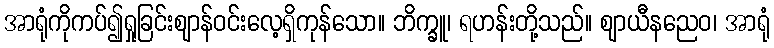
အာရုံကိုကပ်၍ရှုခြင်းဈာန်ဝင်းလေ့ရှိကုန်သော။ ဘိက္ခူ၊ ရဟန်းတို့သည်။ ဈာယီနညေဝ၊ အာရုံ